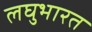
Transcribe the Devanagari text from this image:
लघुभारत